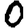
Digit: 0